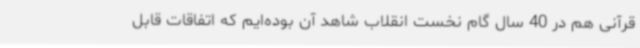
قرآنی هم در 40 سال گام نخست انقلاب شاهد آن بوده‌ایم که اتفاقات قابل